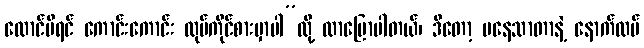
ထောင်မိရင် ကောင်းကောင်း လုပ်ကိုင်စားမှာပါ”လို့ လာပြောပါတယ်၊ ဒီတော့ မနေသာတာနဲ့ နောက်ထပ်